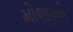
મોજીલો